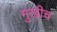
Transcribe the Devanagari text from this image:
मुखीच